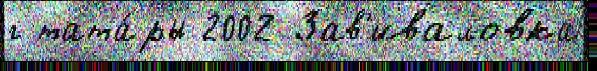
г тата́ры 2002 Зав'иваловка